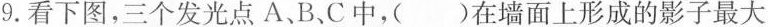
9.看下图，三个发光点A、B、C中，()在墙面上形成的影子最大。